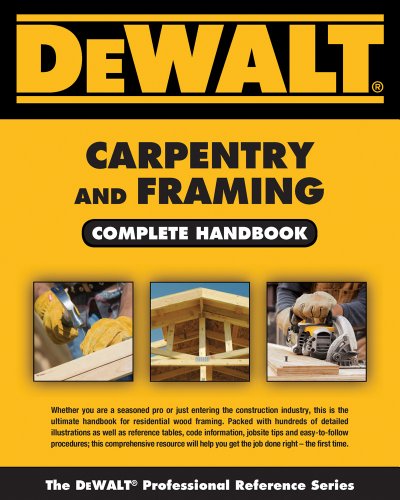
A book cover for DEWALT Carpentry and Framing Complete Handbook (DEWALT Series); Gary Brackett; Engineering & Transportation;